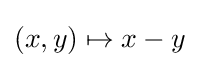
(x,y)\mapsto x-y